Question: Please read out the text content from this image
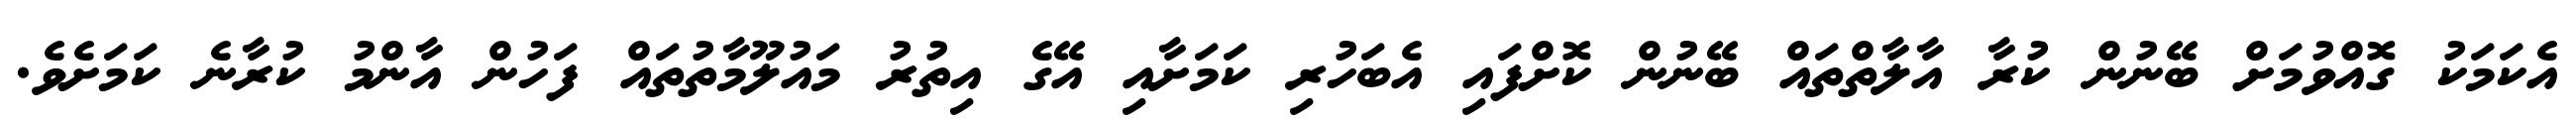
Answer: އެކަމަކު ގޮއްވުމަށް ބޭނުން ކުރާ އާލާތްތައް ބޭނުން ކޮށްފައި އެބަހުރި ކަމަށާއި އޭގެ އިތުރު މައުލޫމާތުތައް ފަހުން އާންމު ކުރާނެ ކަމަށެވެ.